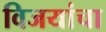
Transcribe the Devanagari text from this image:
विजयांचा